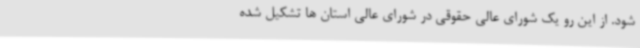
شود. از این رو یک شورای عالی حقوقی در شورای عالی استان ها تشکیل شده